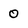
Character: 0